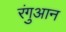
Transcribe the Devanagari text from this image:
रंगुआन